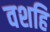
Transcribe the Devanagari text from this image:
वशहि